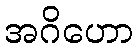
အဂိဟော